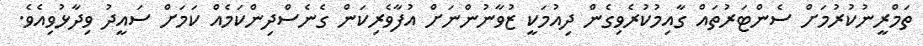
ތަމްރީނުކުރުމަށް ސެންޓަރުތައް ގާއިމުކުރެވިގެން ދިއުމަކީ ޒުވާނުންނަށް އުފާވެރިކަން ގެނެސްދިންކަމެއް ކަަމަށް ސައީދު ވިދާޅުވިއެވެ.